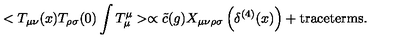
< T _ { \mu \nu } ( x ) T _ { \rho \sigma } ( 0 ) \int T _ { \mu } ^ { \mu } > \propto \tilde { c } ( g ) X _ { \mu \nu \rho \sigma } \left( \delta ^ { ( 4 ) } ( x ) \right) + \mathrm { t r a c e t e r m s . }